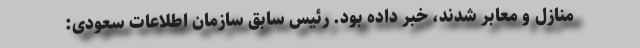
منازل و معابر شدند، خبر داده بود. رئیس سابق سازمان اطلاعات سعودی: